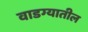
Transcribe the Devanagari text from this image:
वाडग्यातील